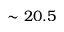
\sim 2 0 . 5